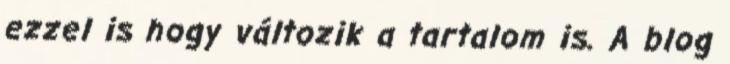
ezzel is hogy változik a tartalom is. A blog